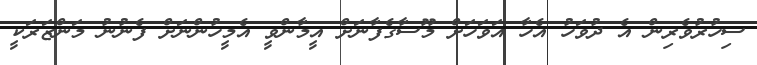
ސިހުރުވެރިން އެ ދުވަހު އެހާ އަވަހަށް މޫސާގެފާނަށް އީމާންވީ އެމީހުންނަށް ފެނުނު މަންޒަރަކީ